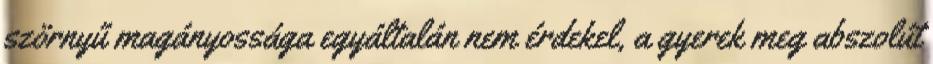
szörnyű magányossága egyáltalán nem érdekel, a gyerek meg abszolút